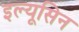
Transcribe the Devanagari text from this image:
इल्यूसिन